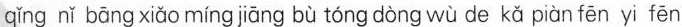
qǐng nǐ bāng xiǎo míng jiāng bù tóng dòng wù de kǎ piàn fēn yi fēn